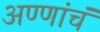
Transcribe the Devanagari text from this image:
अण्णांचं